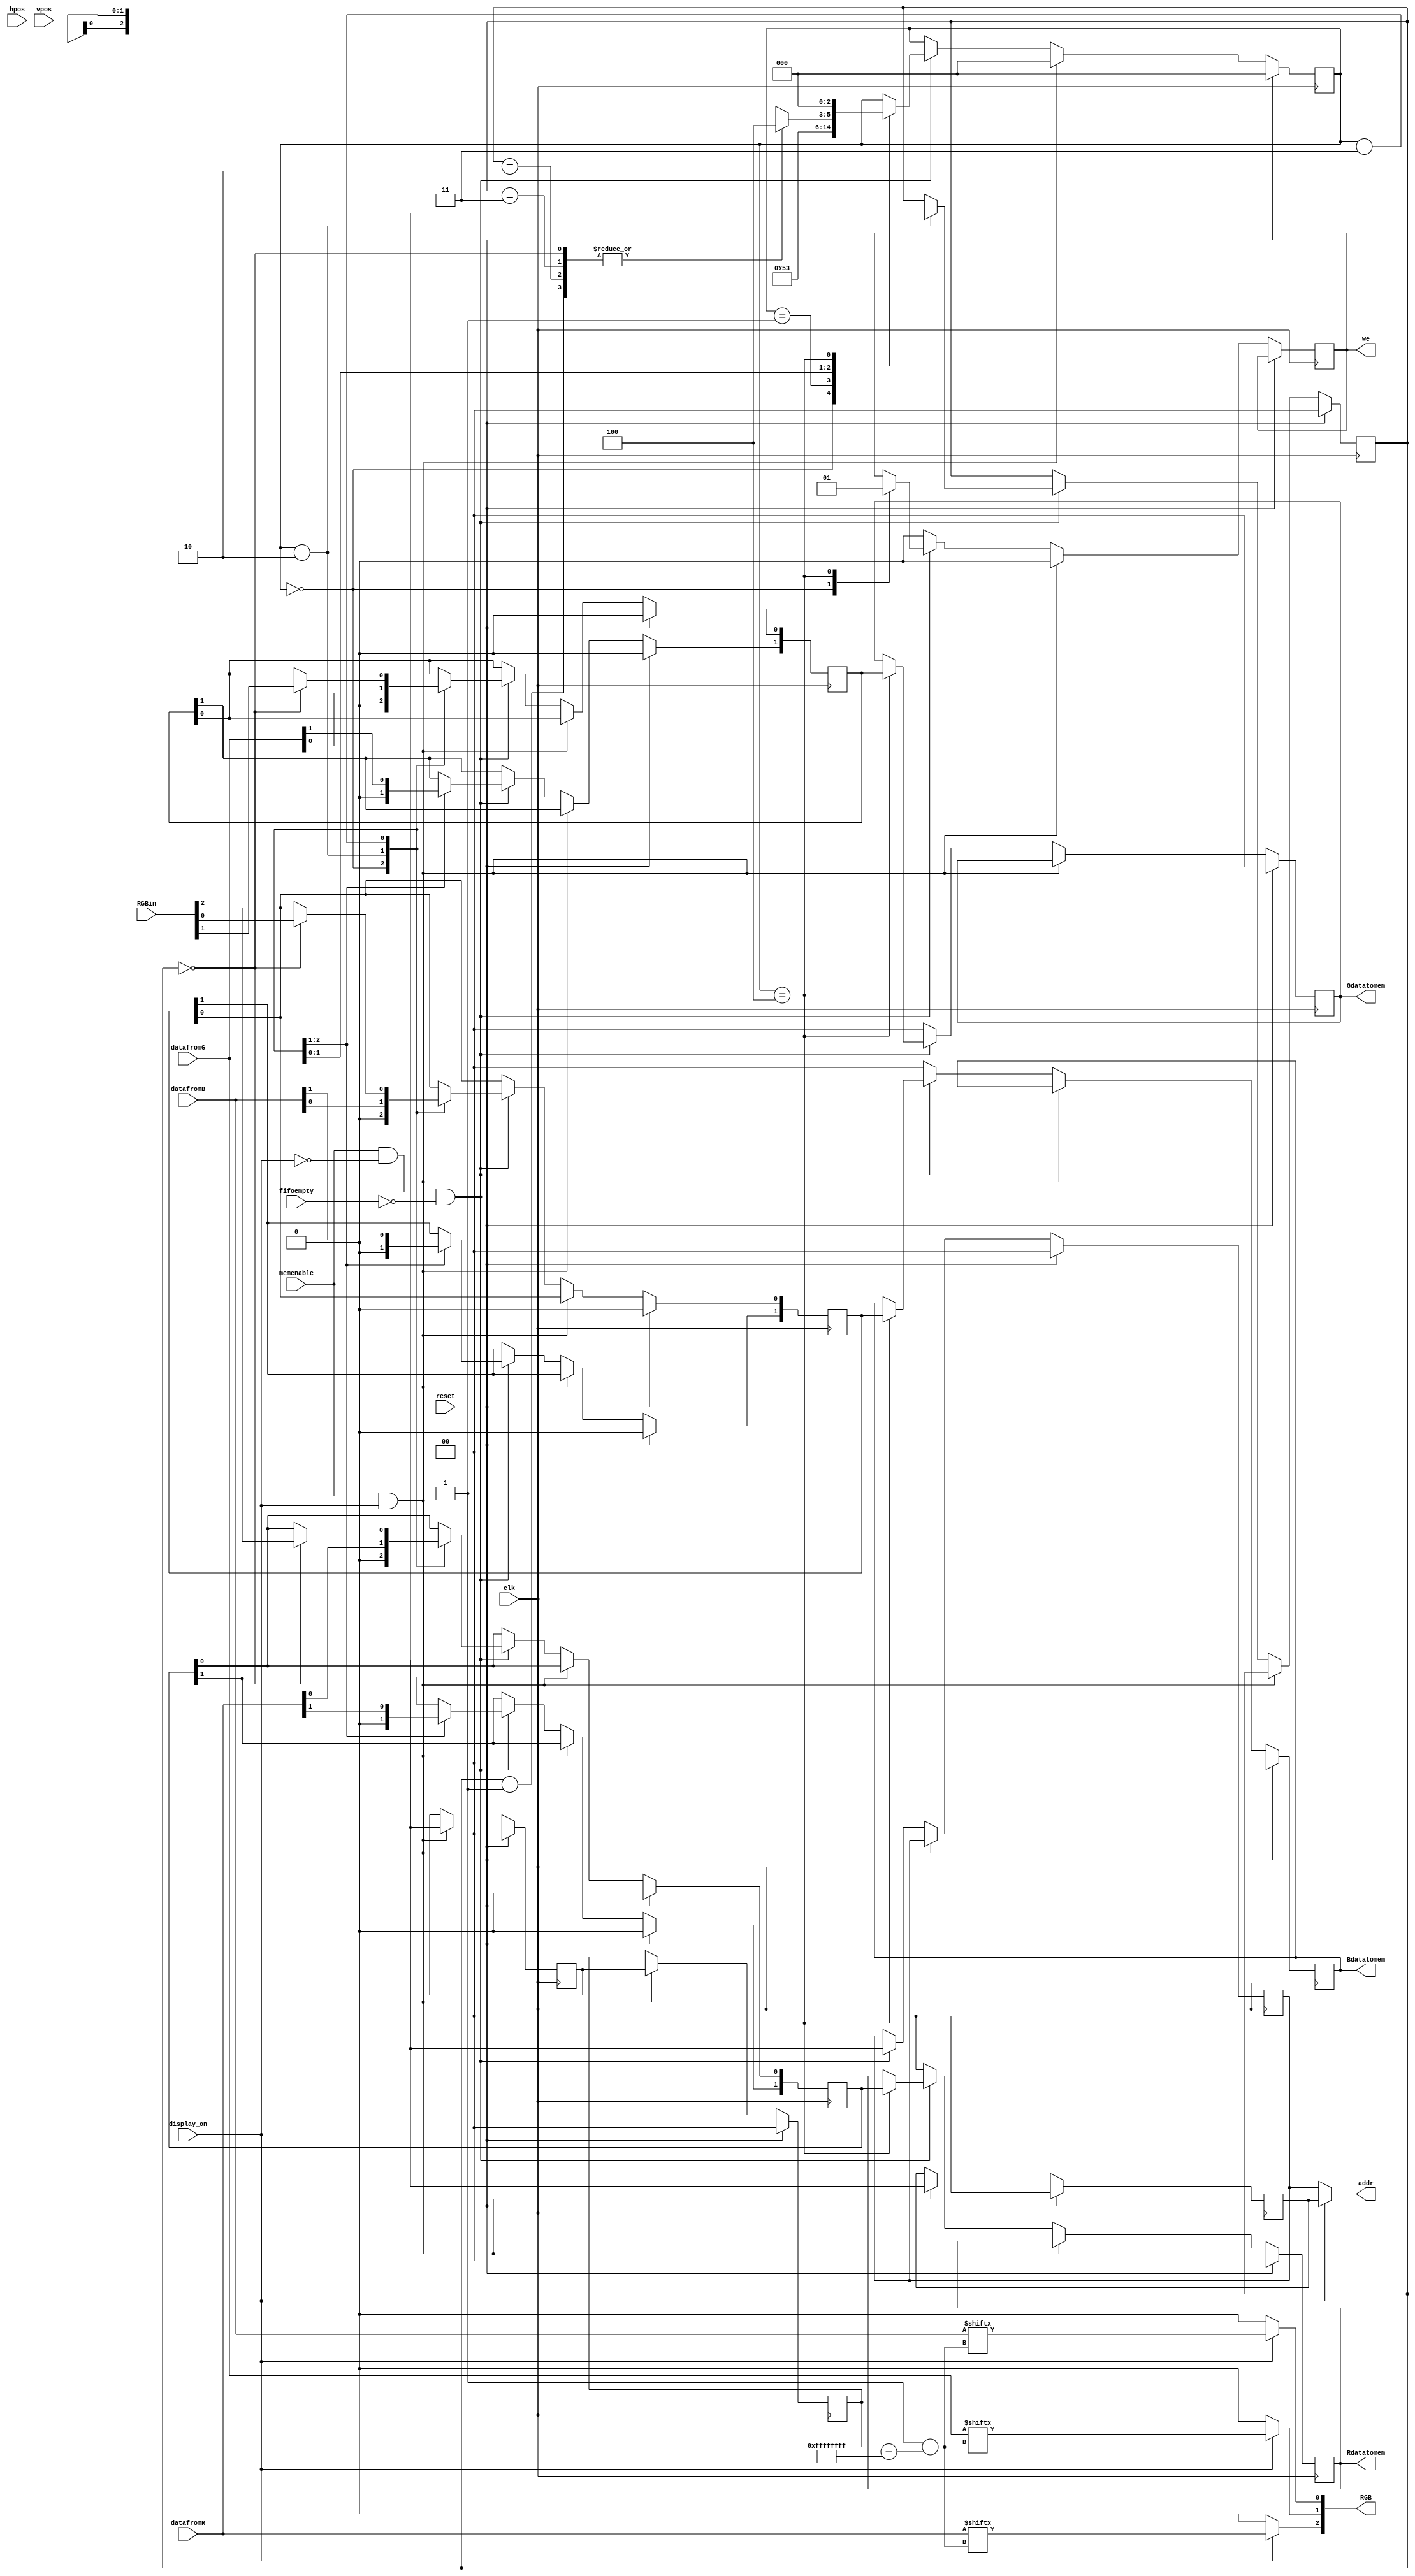
// This program was cloned from: https://github.com/DigitalDesignSchool/ce2020labs
// License: MIT License

module RGBmemcoderdecoderv2 
#(
	parameter 
				 RESOLUTION_H=0, //assuming resolution ratio is 4:3
				 MEMORY_H=80,
				 DATA_WIDTH = 0,
				 //every register in RAM carries DATA_WIDTH RAM-bits in it
				 X_WIDTH=0,
				 Y_WIDTH=0,
				 ADDR_WIDTH=0
)
(input clk,
 input reset,
 input [X_WIDTH-1:0] hpos ,
 input [Y_WIDTH-1:0] vpos ,
 input [DATA_WIDTH-1:0] datafromR,
 input [DATA_WIDTH-1:0] datafromG,
 input [DATA_WIDTH-1:0] datafromB,
 input [2:0]RGBin,
 input display_on,
 input memenable,
 input fifoempty,

 output reg we,//depends on display on/off
 output [2:0]RGB,
 output reg [DATA_WIDTH-1:0] Rdatatomem,
 output reg [DATA_WIDTH-1:0] Gdatatomem,
 output reg [DATA_WIDTH-1:0] Bdatatomem,
 output [ADDR_WIDTH-1:0] addr // addr width is ln(RAMLENGTH)/ln(2)
);

localparam RES_MULT=RESOLUTION_H/MEMORY_H,
			  REGS_IN_ROW=RES_MULT*DATA_WIDTH,
				  DATASELECT_WIDTH= $clog2 (DATA_WIDTH);
reg [ADDR_WIDTH-1:0] addr_r, addr_w;
reg [DATA_WIDTH-1:0] Rdatabuf;
reg [DATA_WIDTH-1:0] Gdatabuf;
reg [DATA_WIDTH-1:0] Bdatabuf;
reg [DATASELECT_WIDTH-1:0] dataselect,dataselect_r,dataselect_w;
reg [2:0] w_state;

//wire [ADDR_WIDTH-1:0] addr_r = ((hpos/RES_MULT)+MEMORY_H*(vpos/REGS_IN_ROW));
//wire [ADDR_WIDTH-1:0] addr_w = (hpos+MEMORY_H*(vpos/DATA_WIDTH));

always@(posedge clk) begin
if(reset) begin
dataselect<=0;
dataselect_r<=0;
Rdatabuf<=0;
Gdatabuf<=0;
Bdatabuf<=0;
w_state<=0;
dataselect_w<=0;
Rdatatomem<=0;
Gdatatomem<=0;
Bdatatomem<=0;
addr_r<=0;
addr_w<=0;
end else if (memenable&&display_on) begin
we<=0;
w_state<=0;
//NEVER CHANGE THIS. NEVER!
addr_r <= ((hpos/RES_MULT)+MEMORY_H*(vpos/REGS_IN_ROW));
//NEVER CHANGE THIS. NEVER!
dataselect <= (vpos/RES_MULT)%DATA_WIDTH;
dataselect_r <= dataselect;
end else if (memenable&&~display_on&&~fifoempty) begin
//NEVER CHANGE THIS. NEVER!
//addr_w <=(hpos+MEMORY_H*(vpos/DATA_WIDTH));
addr_w <=((hpos/RES_MULT)+MEMORY_H*(vpos/REGS_IN_ROW));
case (w_state)
		0: begin
		we<=0;
		w_state<=1;
		Rdatabuf<=0;
		Gdatabuf<=0;
		Bdatabuf<=0;
		end
		1:w_state<=3'd2;
		2:begin
		Rdatabuf<=datafromR;
		Gdatabuf<=datafromG;
		Bdatabuf<=datafromB;
		//dataselect_w<=vpos%DATA_WIDTH; //NEVER CHANGE THIS. NEVER!
		dataselect_w <= (vpos/RES_MULT)%DATA_WIDTH;
		w_state<=3'd3;
		end
		3'd3: case (dataselect_w) //...then write in the same databuf(if the databuf value is in range)...
					0: begin
						Rdatabuf[0]<= RGBin[2];
						Gdatabuf[0]<= RGBin[1];
						Bdatabuf[0]<= RGBin[0];
						w_state<=3'd4;
						end
					3'd1:begin
						Rdatabuf[1]<= RGBin[2];
						Gdatabuf[1]<= RGBin[1];
						Bdatabuf[1]<= RGBin[0];
						w_state<=3'd4;
						end
					3'd2:begin
						Rdatabuf[2]<= RGBin[2];
						Gdatabuf[2]<= RGBin[1];
						Bdatabuf[2]<= RGBin[0];
						w_state<=3'd4;
						end
					3'd3:begin
						Rdatabuf[3]<= RGBin[2];
						Gdatabuf[3]<= RGBin[1];
						Bdatabuf[3]<= RGBin[0];
						w_state<=3'd4;
						end
					3'd4:begin
						Rdatabuf[4]<= RGBin[2];
						Gdatabuf[4]<= RGBin[1];
						Bdatabuf[4]<= RGBin[0];
						w_state<=3'd4;
						end
					3'd5:begin
						Rdatabuf[5]<= RGBin[2];
						Gdatabuf[5]<= RGBin[1];
						Bdatabuf[5]<= RGBin[0];
						w_state<=3'd4;
						end
					endcase
		3'd4: begin
		we<=1;
		Rdatatomem<=Rdatabuf;
		Gdatatomem<=Gdatabuf;
		Bdatatomem<=Bdatabuf;
		w_state<=0;
		end
		//3'd5: begin 
		//w_state<=0;
		//we<=0;
		//end
endcase
end else begin 
we<=0;
Rdatatomem<=0;
Gdatatomem<=0;
Bdatatomem<=0;
end
end
assign addr = (display_on) ? addr_r : addr_w;
assign RGB[2] = (~display_on) ? 0 : datafromR[dataselect_r];
assign RGB[1] = (~display_on) ? 0 : datafromG[dataselect_r];
assign RGB[0] = (~display_on) ? 0 : datafromB[dataselect_r];

endmodule